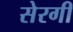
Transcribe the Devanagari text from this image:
सेरगी